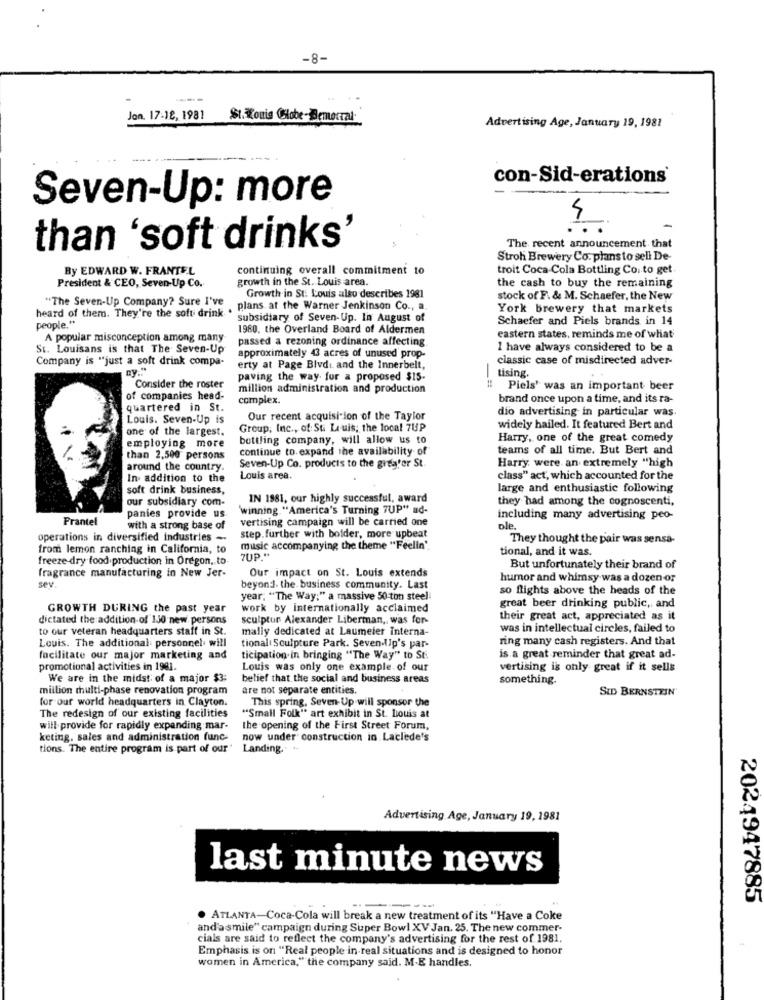
-8-
Jon. 17-18, 1981
St. Louis Clobe-Bemorral
Advertising Age, January 19, 1981
con-Sid-erations
Seven-Up: more
than 'soft drinks'
The recent announcement that
Stroh Brewery Co. plans to sell De-
By EDWARD W. FRANTEL
continuing overall commitment to
troit Coca Cola Bottling Co. to get
growth in the St. Louis area.
President & CEO, Seven-Up Co.
Growth in St. Louis also describes 1981
the cash to buy the remaining
"The Seven-Up Company? Sure I've
stock of F. & M. Schaefer, the New
plans. at the Warner Jenkinson Co ., a.
York brewery that markets
heard of them. They're the soft drink
subsidiary of Seven-Up. In August of
Schaefer and Piels brands in 14
people."
1980, the Overland Board of Aldermen
A popular misconception among many
passed a rezoning ordinance affecting
eastern states, reminds me of what
St. Louisans is that The Seven-Up
approximately 43 acres of unused prop-
1 have always considered to be a
Company is "just a soft drink compa-
classic case of misdirected adver-
erty at Page Blvdi. and the Innerbelt,
paving the way for a proposed $15.
tising.
Consider the roster
million administration and production
# Piels' was an important beer
of companies head-
complex.
brand once upon a time, and its ra-
quartered in St.
dio advertising in particular was.
Louis. Seven-Up is
Our recent acquisition of the Taylor
one of the largest.
Group, Inc ., of St. Louis; the local 7UP
widely hailed. It featured Bert and
bottling company, will allow us to
Harry, one of the great comedy
employing more
continue to expand the availability of
teams of all time. But Bert and
than 2,500 persons
Seven-Up Co. products to the greater St.
around the country.
Harry were an extremely "high
In addition to the
Louis area.
class" act, which accounted for the
soft drink business,
large and enthusiastic following
our subsidiary com-
IN 1981, our highly successful, award
they had among the cognoscenti,
panies provide us
'winning "America's Turning 7UP" ud-
Prantel
vertising campaign will be carried one
including many advertising peo-
with a strong base of
ple .
operations in diversified industries -
step.further with bolder, more upbeat
They thought the pair was sensa-
from lemon ranching in California, to
music accompanying the theme "Feelin'.
tional, and it was.
freeze-dry food production in Oregon, to-
7UP."
fragrance manufacturing in New Jer-
Our impact on St. Louis extends
But unfortunately their brand of
humor and whimsy was a dozen or
sev.
beyond. the business community. Last
so flights above the heads of the
year; "The Way;" a massive 50 ton steel
GROWTH DURING the past year
work by internationally acclaimed
great beer drinking public, and
dictated the addition of 130 new. persons
sculptur Alexander Liberman, was for-
their great act, appreciated as it
to our veteran headquarters staff in St.
mally dedicated at Laumeier Interna-
was in intellectual circles, failed to
Louis. The additional: personnel. will
ring many cash registers. And that
tional Sculpture Park. Seven Up's par-
facilitate our major marketing and
ticipation in bringing "The Way" to St
is a great reminder that great ad-
promotional activities in 1981.
Louis was only one example. of our
vertising is only great if it selle
We are in the midst of a major $3:
belief that the social and business areas
something.
million multi-phase renovation program
are not separate entities.
SID BERNSTEIN'
for our world headquarters in Clayton.
This spring, Seven- Up will sponsor the
The redesign of our existing facilities
"Small Folk" art exhibit in St. Louis at
will provide for rapidly expanding mar-
the opening of the First Street Forum,
keting, sales and administration func-
now under construction in Laclede's
tions. The entire program is part of our"
Landing .. .
Advertising Age, January 19, 1981
last minute news
2024947885
--
. ATLANTA-Coca-Cola will break a new treatment of its "Have a Coke
and'asmile" campaign during Super Bowl XV Jan. 25. The new commer-
cials are said to reflect the company's advertising for the rest of 1981.
Emphasis is on "Real people in real situations and is designed to honor
women in America," the company said. M-E handles.